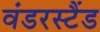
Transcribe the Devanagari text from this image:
वंडरस्टैंड